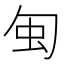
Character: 𠣜